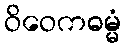
ဝိဝေကဓမ္မံ